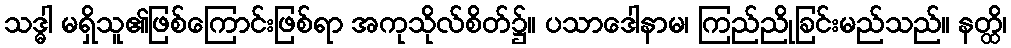
သဒ္ဓါ မရှိသူ၏ဖြစ်ကြောင်းဖြစ်ရာ အကုသိုလ်စိတ်၌။ ပသာဒေါနာမ၊ ကြည်ညိုခြင်းမည်သည်။ နတ္ထိ၊